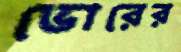
ভোরের